Memorandum on the prevention of leprosy by segregation of the affected
Disease focus: Leprosy
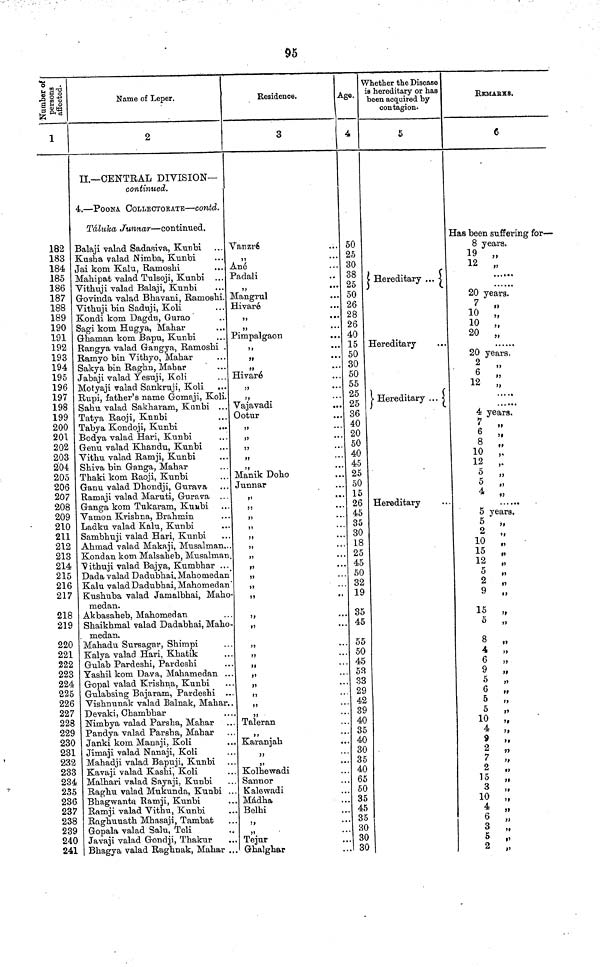
95
Number of persons affected.
1
182
183
184
185
186
187
188
189
190
191
192
193
194
195
196
197
198
199
200
201
202
203
204
205
206
207
208
209
210
211
212
213
214
215
216
217
218
219
220
221
222
223
224
225
226
227
228
229
230
231
232
233
234
235
236
237
238
239
240
241
Name of Leper.
2
II.—CENTRAL DIVISION—
continued.
4.—POONA COLLECTORATE—contd.
Táluka, Junnar—continued.
Balaji valad Sadasiva, Kunbi
Kusha valad Nimba, Kunbi
Jai kom Kalu, Ramoshi
Mahipat valad Tulsoji, Kunbi ...
Vithuji valad Balaji, Kunbi
Govinda valad Bhavani, Ramoshi.
Vithuji bin Saduji, Koli
Kondi kom Dagdu, Gurao
Sagi kom Hugya, Mahar
Ghaman kom Bapu, Kunbi
Rangya valad Gangya, Ramoshi .
Ramyo bin Vithyo, Mahar
Sakya bin Raghn, Mabar
Jabaji valad Yesuji, Koli
Motyaji valad Sankruji, Koli
Rupi, father's name Gomaji, Koli.
Sahu valad Sakharam, Kunbi ...
Tatya Raoji, Knnbi
Tabya Kondoji, Kunbi
Bodya valad Hari, Kunbi
Genu valad Khandu, Kunbi
Yithu valad Ramji, Kunbi
Shiva bin Ganga, Mahar
Thaki kom Raoji, Kunbi
Ganu valad Dhondji, Gurava
Ramaji valad Maruti, Gurava ...
Ganga kom Tukaram, Kunbi
Vamon Krishna, Brahmin
Ladku valad Kalu, Kunbi
Sambhuji valad Hari, Kunbi
Ahmad valad Makaji, Musalman..
Kondan kom Malsaheb, Musalman
Vithuji valad Bajya, Kumbhar ...
Dada valad Dadubhai, Mahomedan
Kalu valad Dadubhai, Mahomedan
Kushuba valad Jamalbhai, Maho
medan.
Akbasaheb, Mahomedan
Shaikhmal valad Dadabhai, Maho
. medan.
Mahadu Sursagar, Shimpi
Kalya valad Hari, Khatik
Gulab Pardeshi, Pardeshi
Yashil kom Dava, Mahamedan ..
Gopal valad Krishna, Kunbi
Gulabsing Bajaram, Pardeshi
Vishnunak valad Balnak, Mahar.
Devaki, Chambhar
Nimbya valad Parsha, Mahar
Pandya valad Parsha, Mahar
Janki kom Manaji, Koli
Jimaji valad Nanaji, Koli
Mahadji valad Bapuji, Kunbi
Kavaji valad Kashi, Koli
Malhari valad Sayaji, Kunbi
Raghu valad Mukunda, Kunbi .
Bhagwanta Ramji, Kunbi
Ramji valad Yithu, Kunbi
Raghuuath Mhasaji, Tambat
Gopala valad Salu, Teli
Javaji valad Gondji, Thakur
Bhagya valad Raghnak, Mahar .
Residence.
3
Vanzré
,,
...
Ané
Padali
,,
•••
Mangrul
Hivaré
,,
...
,,
...
Pimpalgaon
,,
...
...
Hivaré
Vajavadi
Ootur
55
Manik Doho
Junnar
„
55
• •
>5
55
„
„
„
„
„
55
„
„
„
„
55
*
Taleran
Karanjah
„
„
Kolhewadi
Sanuor
Kalewadi
Mádha
Belhi
„
„
Tejur
Ghalghar
Age.
50
25
30
38
25
50
26
28
26
40
15
50
30
50
55
25
25
36
40
20
50
40
45
25
50
15
26
45
35
30
18
25
45
50
32
19
35
45
55
50
45
53
33
29
42
39
40
35
40
30
35
40
65
50
35
45
35
30
30
30
Whether the Disease
is hereditary or has
been acquired by
contagion.
5
Hereditary
Hereditary
Hereditary
Hereditary
REMARKS.
6
Has been suffering for—
8 years.
19 „
12 „
20 years.
7 „
10 „
20 „
20 years.
2 „
6 „
12 „
4 years.
7 „
6 „
8 „
10 „
12
„
5 „
5 „
5 years.
5 „
2 „
10 „
15 „
12 „
5 „
2 „
9
„
15 ,,
5 „
8 „
4 „
6 „
9 „
5 „
6
„
5 „
10 „
4
„
9 „
2 „
7
„
2 „
15 „
3 „
10 „
4 „
6 „
3 „
5 „
2 „